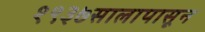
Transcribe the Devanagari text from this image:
१९३७सालापासून